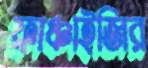
ফ্রাঞ্চাইজির